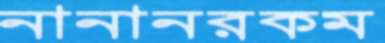
নানানরকম